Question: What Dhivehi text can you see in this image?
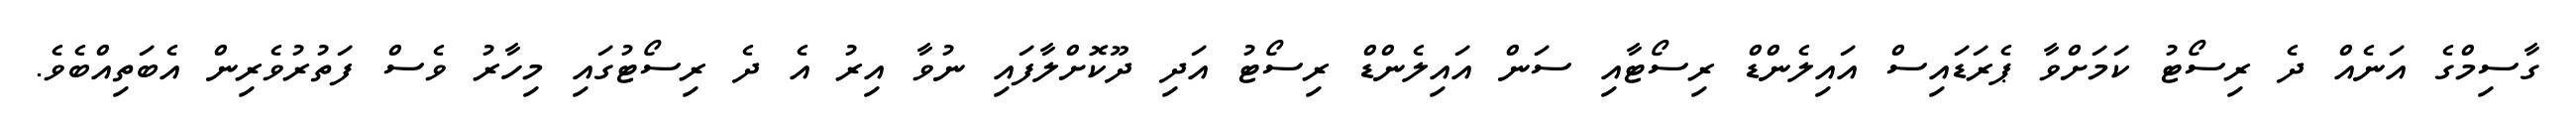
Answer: ގާސިމްގެ އަނެއް ދެ ރިސޯޓު ކަމަށްވާ ޕެރަޑައިސް އައިލެންޑް ރިސޯޓާއި ސަން އައިލެންޑް ރިސޯޓު އަދި ދޫކޮށްލާފައި ނުވާ އިރު އެ ދެ ރިސޯޓުގައި މިހާރު ވެސް ފަތުރުވެރިން އެބަތިއްބެވެ.